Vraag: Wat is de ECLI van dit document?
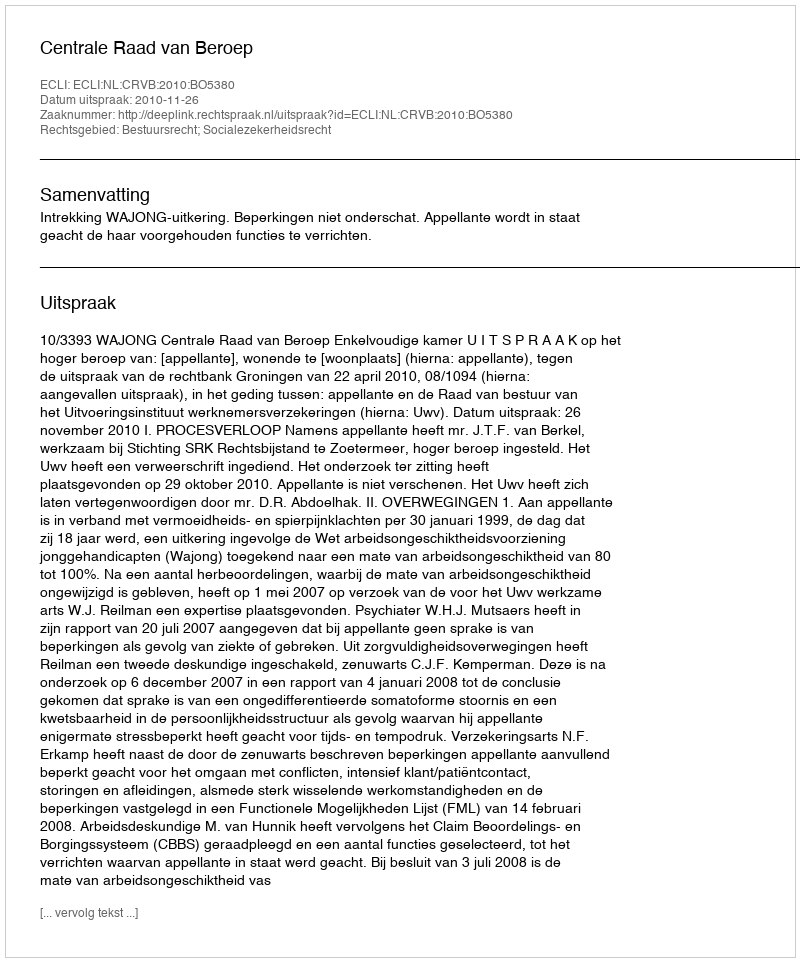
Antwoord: ECLI:NL:CRVB:2010:BO5380